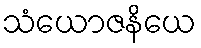
သံယောဇနိယေ